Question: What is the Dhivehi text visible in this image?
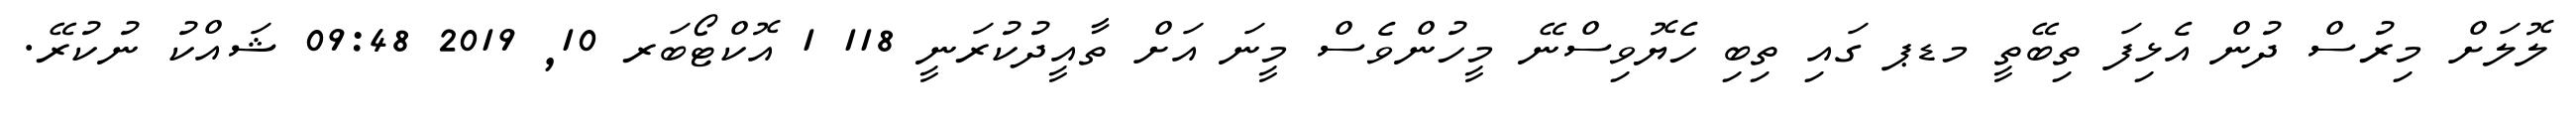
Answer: ލޮލަށް މިރުސް ދުން އެޅިފަ ތިބޭތީ މޑޕ ގައި ތިބި ހެޔޮވިސްނޭ މީހުންވެސް މީނަ އަށް ތާއީދުކުރަނީ 118 1 އޮކްޓޯބަރ 10, 2019 09:48 ޝައްކު ނުކުރޭ.